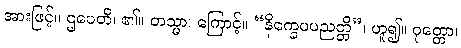
အားဖြင့်။ ဌပေတိ၊ ၏။ တသ္မာ၊ ကြောင့်။ “နိက္ခေပပညတ္တိ”၊ ဟူ၍။ ဝုတ္တော၊